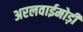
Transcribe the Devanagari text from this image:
अरलवाईमोड़ी